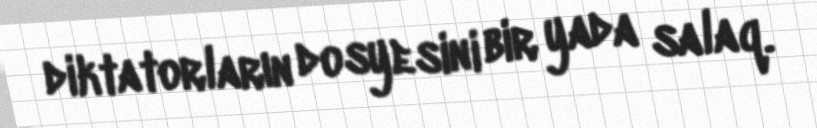
diktatorların dosyesini bir yada salaq.